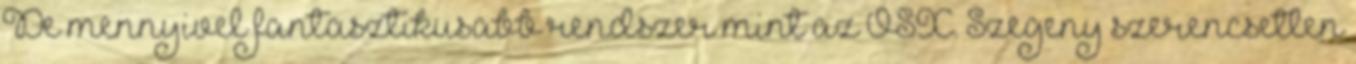
De mennyivel fantasztikusabb rendszer mint az OSX. Szegeny szerencsetlen